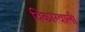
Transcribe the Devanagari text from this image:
विकारवाली